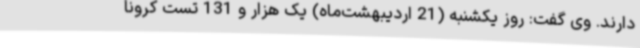
دارند. وی گفت: روز یکشنبه (21 اردیبهشت‌ماه) یک هزار و 131 تست کرونا